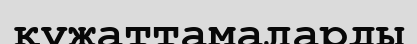
құжаттамаларды